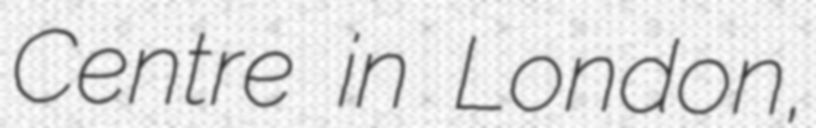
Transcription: Centre in London,